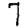
Digit: 7